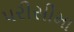
પરીસીમા